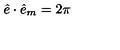
\hat { e } \cdot \hat { e } _ { m } = 2 \pi